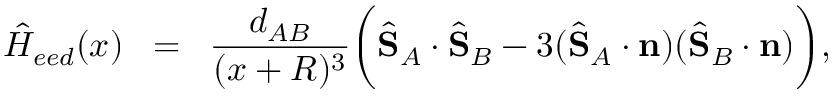
{ \hat { H } } _ { e e d } ( x ) \; \; = \; \; \frac { d _ { A B } } { ( x + R ) ^ { 3 } } \bigg ( \hat { \mathbf { S } } _ { A } \cdot \hat { \mathbf { S } } _ { B } - 3 ( \hat { \mathbf { S } } _ { A } \cdot \mathbf { n } ) ( \hat { \mathbf { S } } _ { B } \cdot \mathbf { n } ) \bigg ) ,